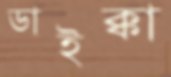
ডাইক্কা